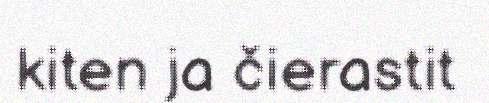
kiten ja čierastit